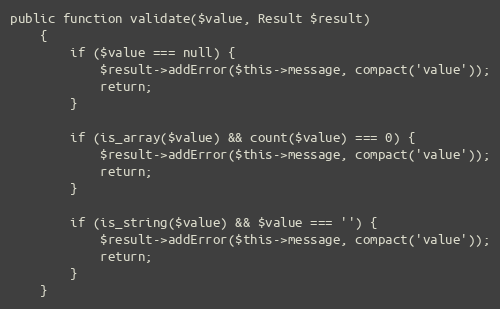
Language: PHP
public function validate($value, Result $result)
	{
		if ($value === null) {
			$result->addError($this->message, compact('value'));
			return;
		}

		if (is_array($value) && count($value) === 0) {
			$result->addError($this->message, compact('value'));
			return;
		}

		if (is_string($value) && $value === '') {
			$result->addError($this->message, compact('value'));
			return;
		}
	}